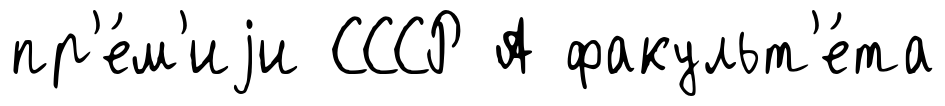
пр'е́м'иjи СССР А факульт'е́та